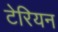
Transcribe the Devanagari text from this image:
टेरियन